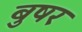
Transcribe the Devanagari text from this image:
बुषर